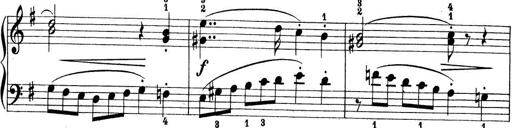
Title: Preis-Sonatine
Composer: Ernst James Bremner